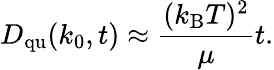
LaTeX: D_{\mathrm{qu}}(k_{0},t)\approx{\frac{(k_{\mathrm{B}}T)^{2}}{\mu}}t.